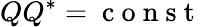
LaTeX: QQ^{*}=\mathrm{~c~o~n~s~t~}